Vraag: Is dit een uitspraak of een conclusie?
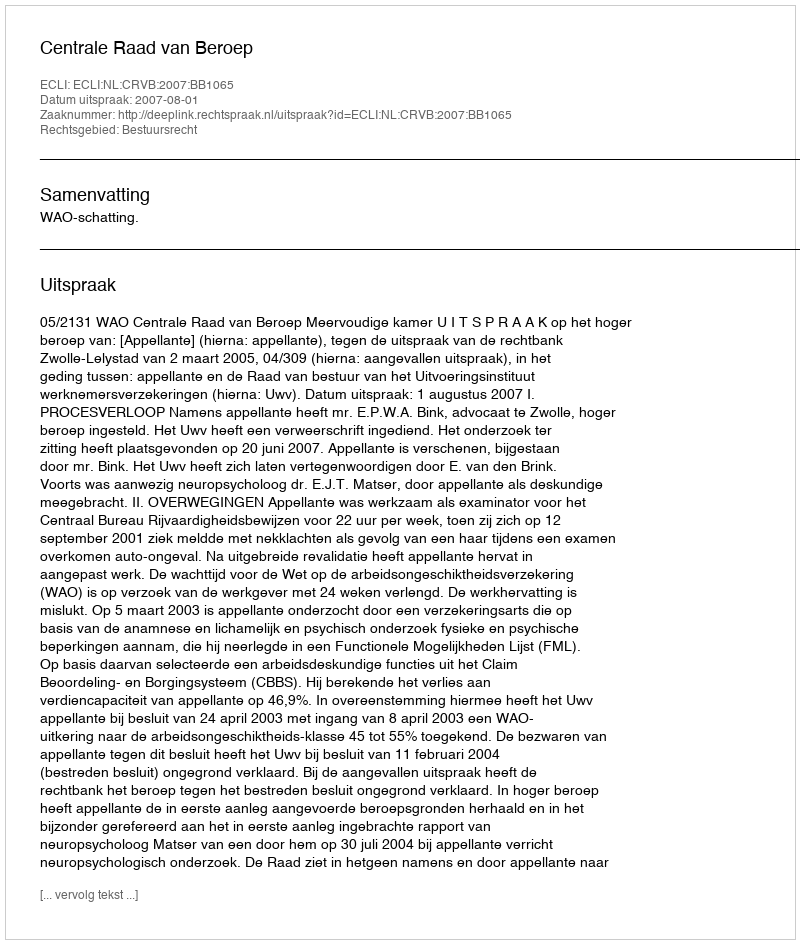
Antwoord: Uitspraak